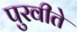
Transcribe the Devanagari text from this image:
पुरवीते